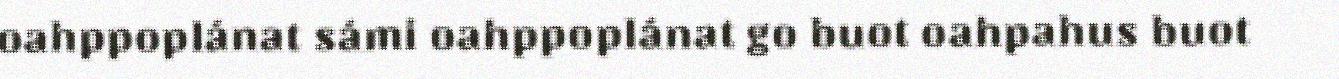
oahppoplánat sámi oahppoplánat go buot oahpahus buot